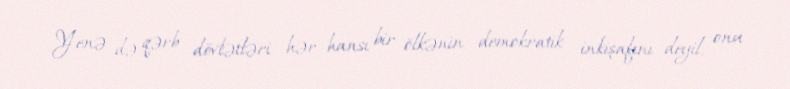
Yenə də qərb dövlətləri hər hansı bir ölkənin demokratik inkişafını deyil, onu